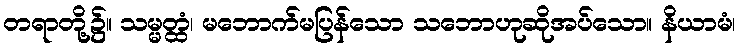
တရာတို့၌။ သမ္မတ္ထံ၊ မဘောက်မပြန်သော သဘောဟုဆိုအပ်သော။ နိယာမံ၊